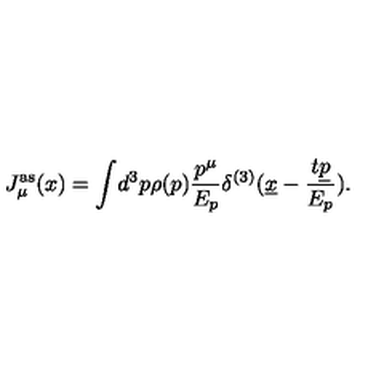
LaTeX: J _ { \mu } ^ { \mathrm { a s } } ( x ) = \int \! d ^ { 3 } p \rho ( p ) \frac { p ^ { \mu } } { E _ { p } } \delta ^ { ( 3 ) } ( \underline { { x } } - \frac { t \underline { { p } } } { E _ { p } } ) .